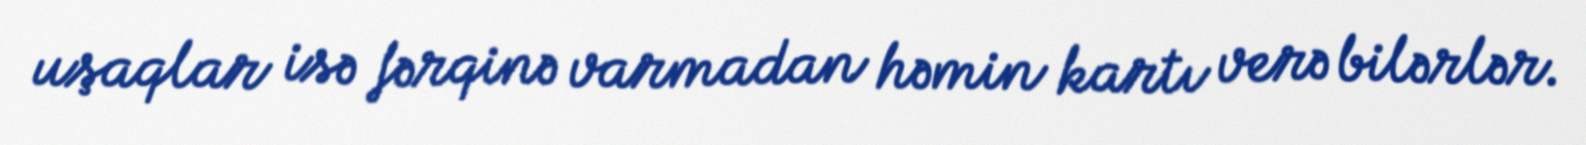
uşaqlar isə fərqinə varmadan həmin kartı verə bilərlər.